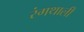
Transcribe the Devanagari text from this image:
रंगथाली